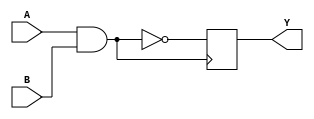
module NAND_Delay(
    input wire A,
    input wire B,
    output reg Y
);

reg delay_reg;

always @(A or B) begin
    delay_reg <= ~(A & B);
end

always @(posedge delay_reg) begin
    Y <= delay_reg;
end

endmodule